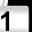
Digit: 1